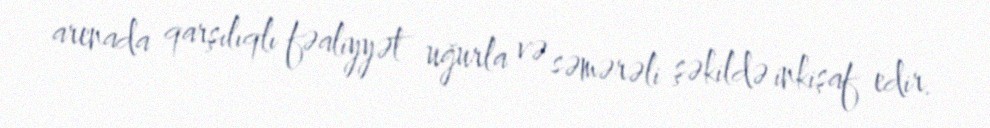
arenada qarşılıqlı fəaliyyət uğurla və səmərəli şəkildə inkişaf edir.